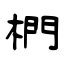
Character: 椚